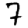
Digit: 7